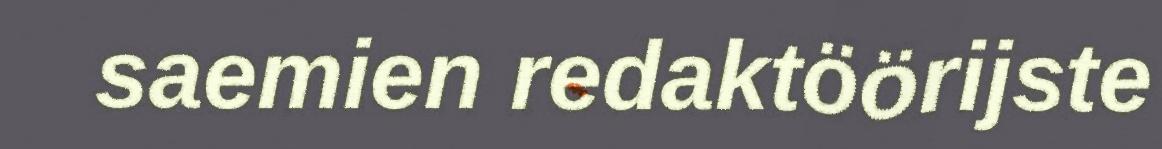
saemien redaktöörijste